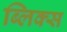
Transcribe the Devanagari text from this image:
ब्लिक्स